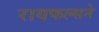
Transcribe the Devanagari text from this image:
रायफल्सने